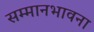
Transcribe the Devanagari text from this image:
सम्मानभावना